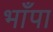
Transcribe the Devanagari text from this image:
भाँपा